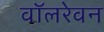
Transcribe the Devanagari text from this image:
वॉलरेवन